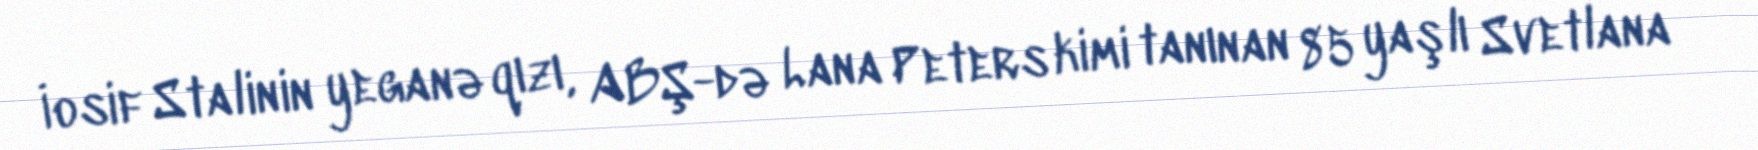
İosif Stalinin yeganə qızı, ABŞ-də Lana Peters kimi tanınan 85 yaşlı Svetlana